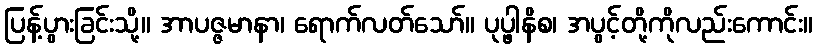
ပြန့်ပွားခြင်းသို့။ အာပဇ္ဇမာနာ၊ ရောက်လတ်သော်။ ပုပ္ဖါနိစ၊ အပွင့်တို့ကိုလည်းကောင်း။